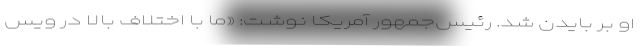
او بر بایدن شد. رئیس‌جمهور آمریکا نوشت: «ما با اختلاف بالا در ویس